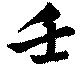
壬